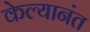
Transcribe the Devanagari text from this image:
केल्यानंत